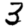
Digit: 3